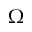
\Omega